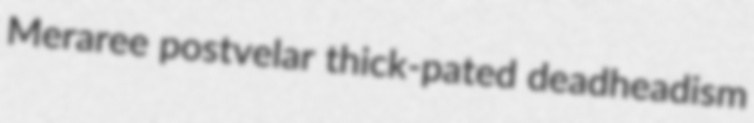
Meraree postvelar thick-pated deadheadism